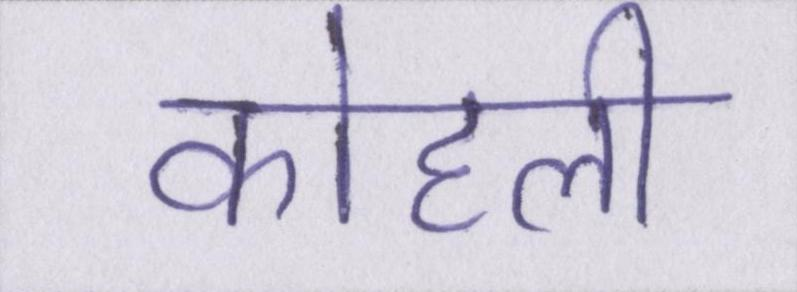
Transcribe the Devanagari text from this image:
कोहली